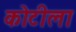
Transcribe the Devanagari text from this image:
कोटीला